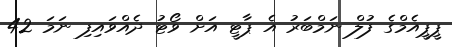
ޕީޕީއެމްގެ ފުލް ނަމްބަރު އެ ޕާޓީ އަށް ވޯޓު ދެއްވައިފި ނަމަ 42